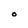
Character: O